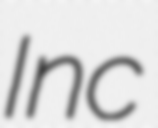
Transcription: Inc